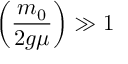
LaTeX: \left( { \frac { m _ { 0 } } { 2 g \mu } } \right) \gg 1